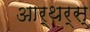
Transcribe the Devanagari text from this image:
आर्थर्स्